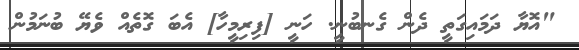
"އޮޔާ ދަމައިގަތީ ދެން ގެނބުނީ. ހަނީ [ފިރިމީހާ] އެބަ ގޮތެއް ވެޔޭ ބުނަމުން